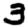
Digit: 3